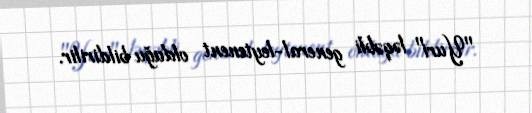
"Yuri" ləqəbli general-leytenent olduğu bildirilir.